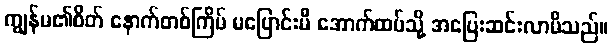
ကျွန်မ၏စိတ် နောက်တစ်ကြိမ် မပြောင်းမီ အောက်ထပ်သို့ အပြေးဆင်းလာမိသည်။